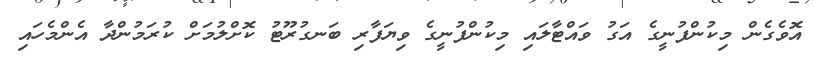
އޮވެގެން މިކުންފުނީގެ އަގު ވައްޓާލައި މިކުންފުނީގެ ވިޔަފާރި ބަނގުރޫޓު ކޮށްލުމަށް ކުރަމުންދާ އެންމެހައި